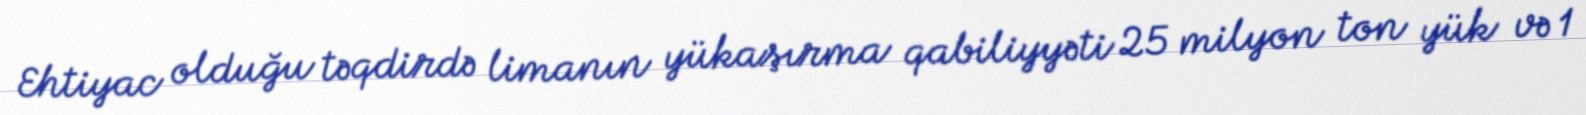
Ehtiyac olduğu təqdirdə limanın yükaşırma qabiliyyəti 25 milyon ton yük və 1